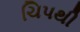
ચિપથી